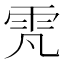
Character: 𮸫